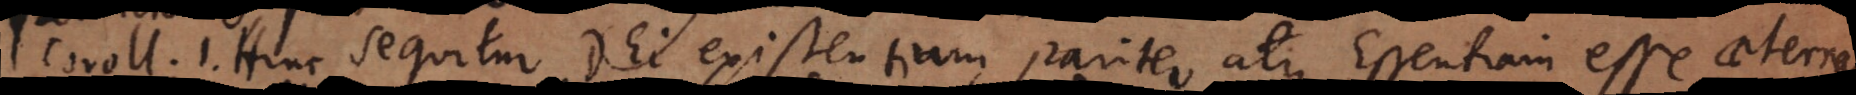
m 1. Hinc sequitur Dei existentiam pariter atque essentiam esse aeternam